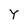
Character: y